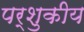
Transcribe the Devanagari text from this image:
पर्शुकीय